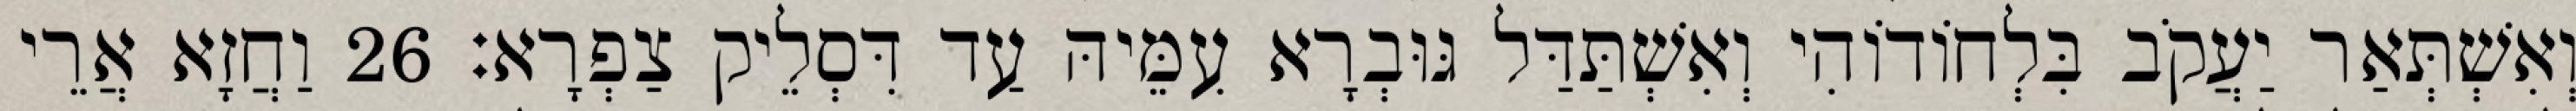
וְאִשְׁתְּאַר יַעֲקֹב בִּלְחוֹדוֹהִי וְאִשְׁתַּדַּל גּוּבְרָא עִמֵּיהּ עַד דִּסְלֵיק צַפְרָא׃ 26 וַחֲזָא אֲרֵי